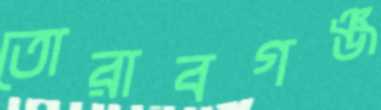
তোরাবগঞ্জ